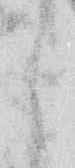
う